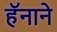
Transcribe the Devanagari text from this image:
हॅनाने